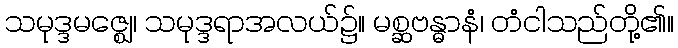
သမုဒ္ဒမဇ္ဈေ၊ သမုဒ္ဒရာအလယ်၌။ မစ္ဆဗန္ဓာနံ၊ တံငါသည်တို့၏။